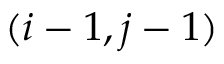
( i - 1 , j - 1 )